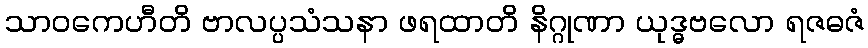
သာဝကေဟီတိ ဗာလပ္ပသံသနာ ဖရထာတိ နိဂ္ဂုဏာ ယုဒ္ဓဗလော ရဇဓဇံ